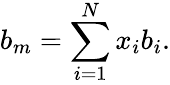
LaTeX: b_{m}=\sum_{i=1}^{N}x_{i}b_{i}.